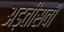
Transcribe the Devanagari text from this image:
अड़तीसवीं